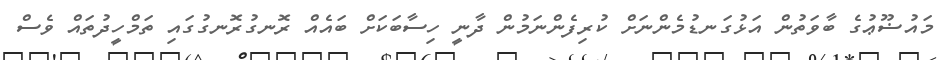
މައުޟޫޢުގެ ބާވަތުން އަޅުގަނޑުމެންނަށް ކުރިފެންނަމުން ދާނީ ހިސާބަކަށް ބައެއް ރޮނގުރޮނގުގައި ތަމްހީދުތައް ވެސް